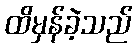
ထိမှန်ခဲ့သည်